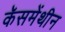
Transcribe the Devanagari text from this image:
कॅसमेंथीन